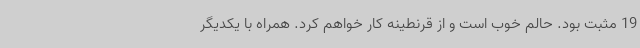
19 مثبت بود. حالم خوب است و از قرنطینه کار خواهم کرد. همراه با یکدیگر